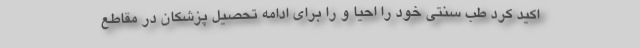
اکید کرد طب سنتی خود را احیا و را برای ادامه تحصیل پزشکان در مقاطع